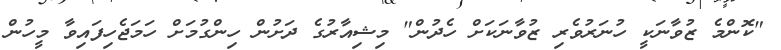
"ކޮންމެ ޒުވާނަކީ ހުނަރުވެރި ޒުވާނަކަށް ހެދުން" މިޝިއާރުގެ ދަށުން ހިންގުމަށް ހަމަޖެހިފައިވާ މީހުން